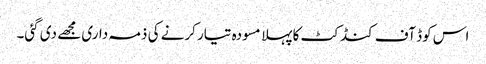
اس کوڈ آف کنڈکٹ کا پہلا مسودہ تیار کرنے کی ذمہ داری مجھے دی گئی۔